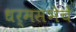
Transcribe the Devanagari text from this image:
धर्मसभेचे